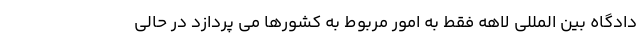
دادگاه بین المللی لاهه فقط به امور مربوط به کشورها می پردازد در حالی